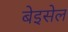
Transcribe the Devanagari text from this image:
बेइसेल